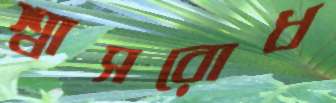
শ্বাসরোধ